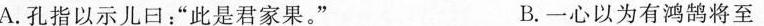
A.孔指以示儿口：”此是君家果。” B.一心以为有鸿鹄将至